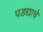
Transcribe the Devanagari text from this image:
पडद्याचे